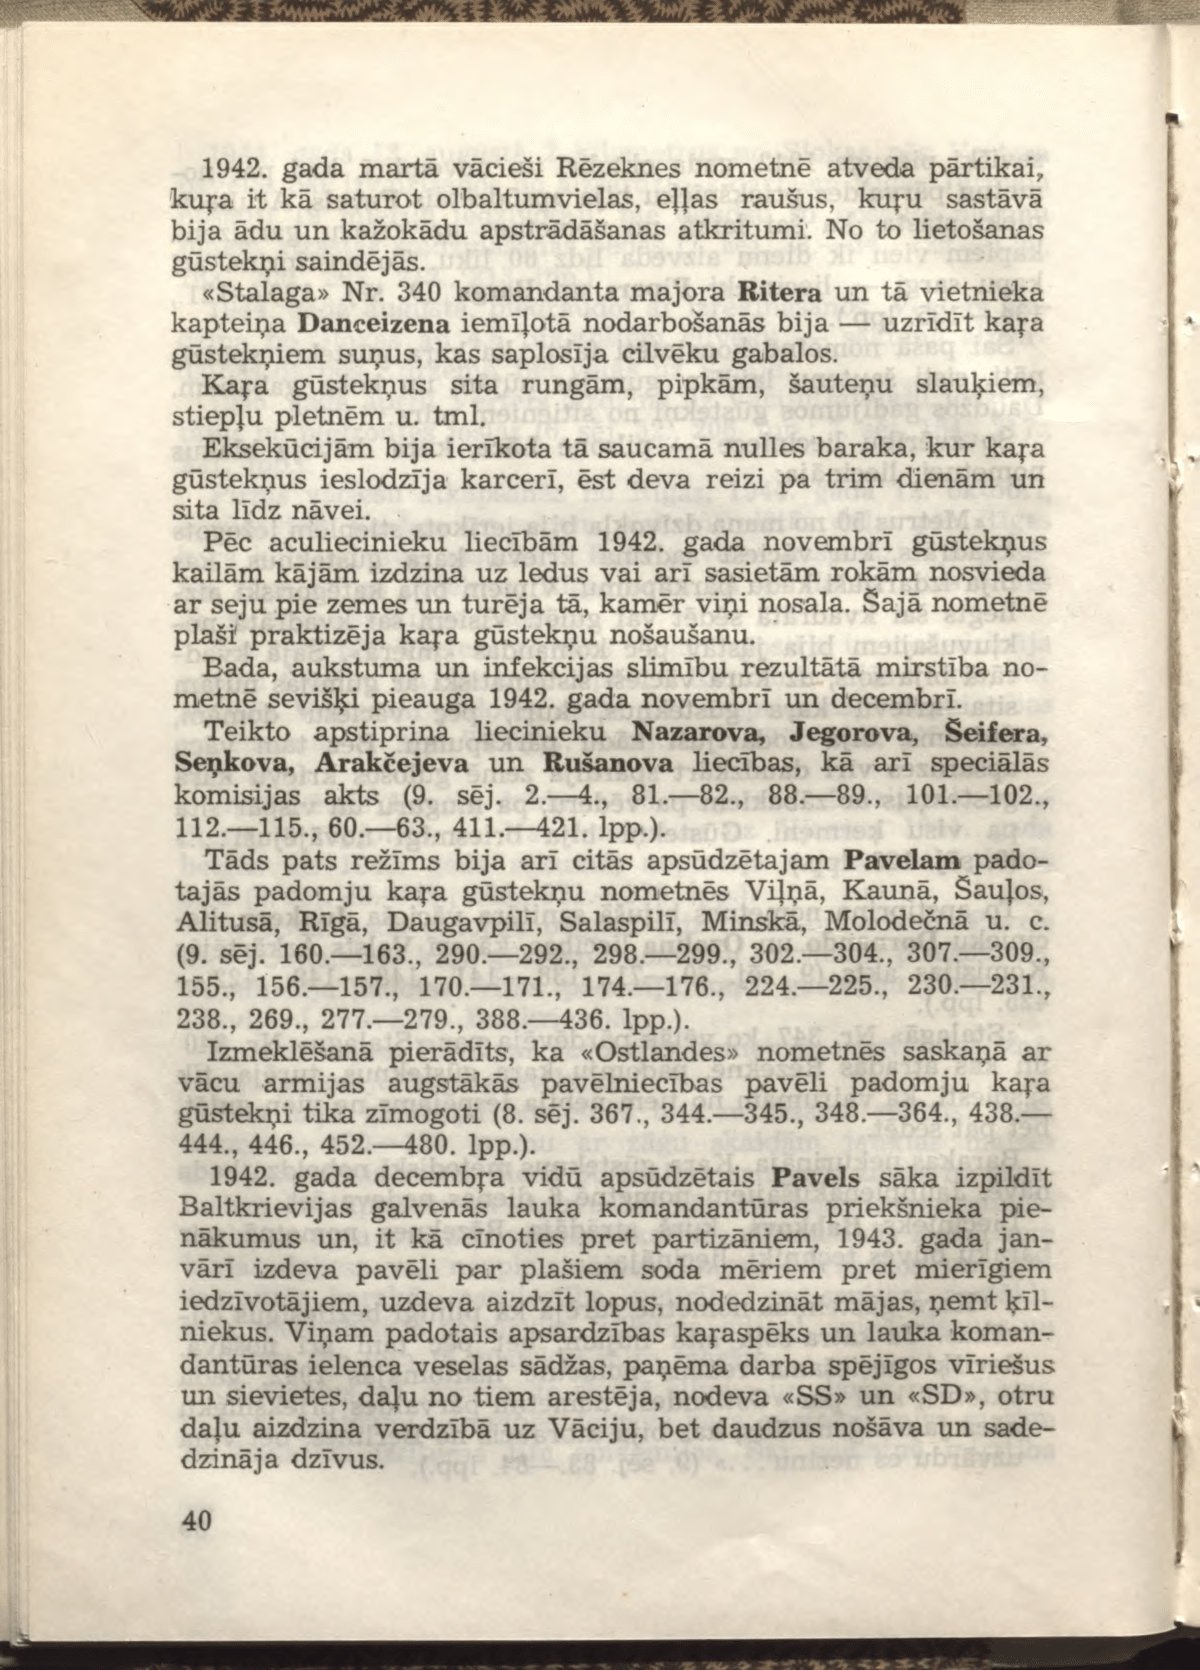
Language: lv